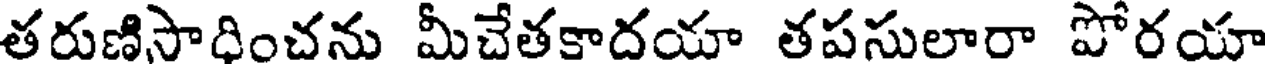
తరుణిసాధించను మీచేతకాదయా తపసులారా పోరయా